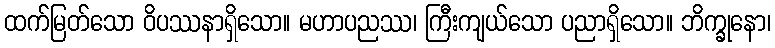
ထက်မြတ်သော ဝိပဿနာရှိသော။ မဟာပညဿ၊ ကြီးကျယ်သော ပညာရှိသော။ ဘိက္ခုနော၊